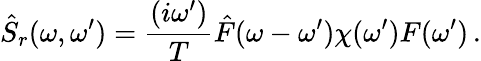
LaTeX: \hat{S}_{r}(\omega,\omega^{\prime})=\frac{(i\omega^{\prime})}{T}\hat{F}(\omega-\omega^{\prime})\chi(\omega^{\prime})F(\omega^{\prime})\, .